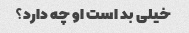
خیلی بد است او چه دارد؟